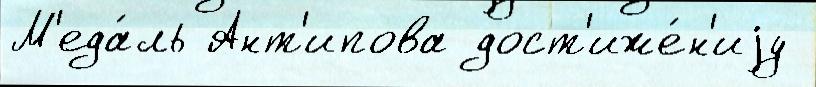
М'еда́ль Ант'ипова дост'иже́н'иjу